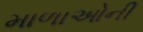
માળાઓની